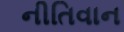
નીતિવાન